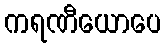
ကရဏီယောပေ